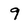
Character: 9